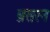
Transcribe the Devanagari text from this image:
प्रसरन